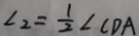
\angle 2 = \frac { 1 } { 2 } \angle C D A